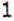
1